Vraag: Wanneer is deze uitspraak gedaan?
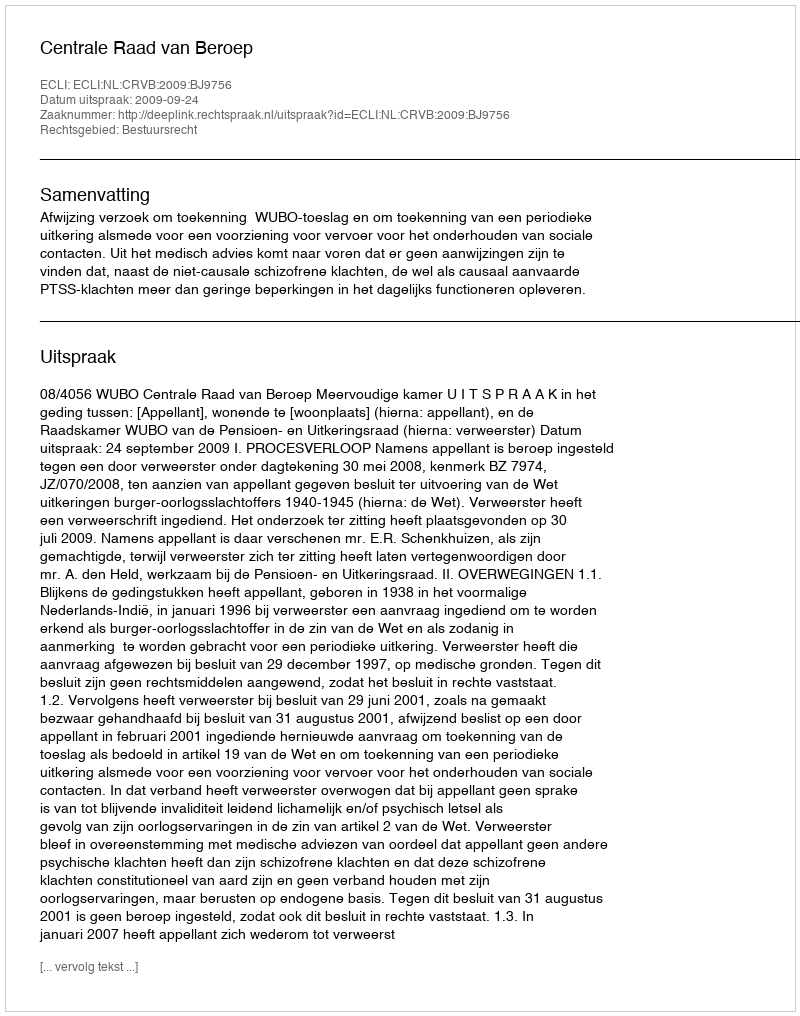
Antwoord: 2009-09-24